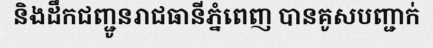
និងដឹកជញ្ជូនរាជធានីភ្នំពេញ បានគូសបញ្ជាក់